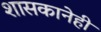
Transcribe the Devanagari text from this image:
शासकानेही